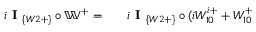
\begin{array} { r l r } { i \textbf { I } _ { \{ W 2 + \} } \circ \mathbb { W } ^ { + } = } & { { } } & { i \textbf { I } _ { \{ W 2 + \} } \circ ( i W _ { 1 0 } ^ { i + } + W _ { 1 0 } ^ { + } } \end{array}